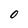
Character: O